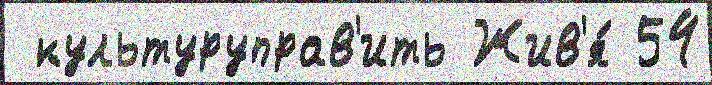
 культуруправ'ить Жив'я́ 54